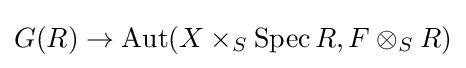
G(R)\to \operatorname {Aut} (X\times _{S}\operatorname {Spec} R,F\otimes _{S}R)